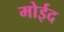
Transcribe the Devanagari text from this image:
मोईद